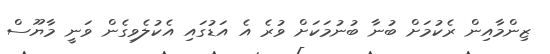
ޒިންމާއިން ރެކުމަށް ބުނާ ބުނުމަކަށް ވުރެ އެ އަޑުގައި އެކުލެވިގެން ވަނީ މާޔޫސް